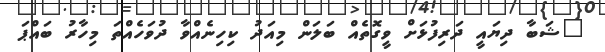
"ޝަބާ ދިޔައީ ދަރިފުޅަށް ވީގޮތެއް ބަލަން މިއަދު ކިހިނެއްވާ ދުވަހެއްތަ މިހާރު ބައްޕަ